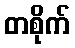
တစိုက်